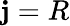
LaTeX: \mathbf{j}=R